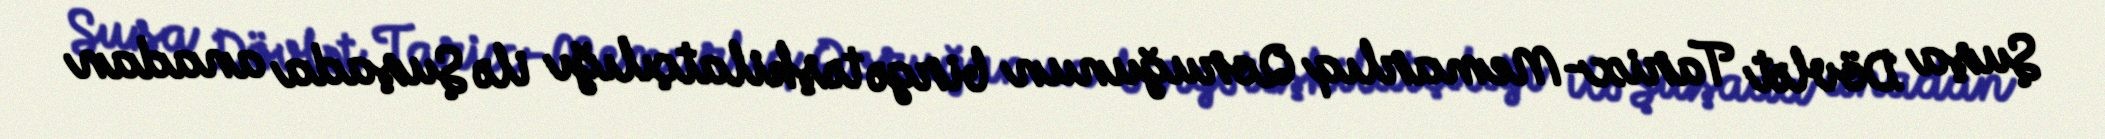
Şuşa Dövlət Tarix-Memarlıq Qoruğunun birgə təşkilatçılığı ilə Şuşada anadan